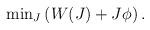
LaTeX: \begin{align*}\mbox{min}_{J} \left(W(J) + J \phi\right).\end{align*}